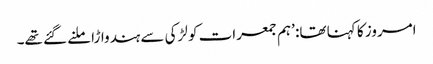
امروز کا کہنا تھا: ’ہم جمعرات کو لڑکی سے ہندواڑا ملنے گئے تھے۔